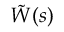
\tilde { W } ( s )